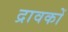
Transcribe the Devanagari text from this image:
द्रावकों